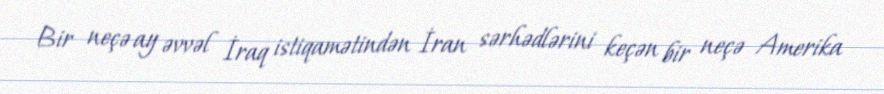
Bir neçə ay əvvəl İraq istiqamətindən İran sərhədlərini keçən bir neçə Amerika